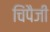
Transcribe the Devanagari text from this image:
चिंपैजी